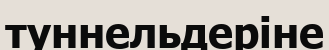
туннельдеріне